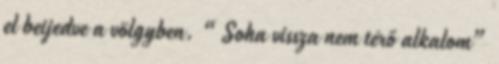
el beijedve a völgyben. “Soha vissza nem térő alkalom”